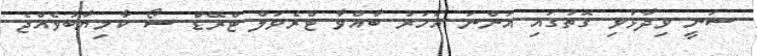
ސަނީ ވިދާޅުވި ގޮތުގައި އަންނަ އަހަރު ބާއްވާ ޓްރެވަލް ޓްރޭޑް ޝޯ ކާމިޔާބުވެއްޖެ